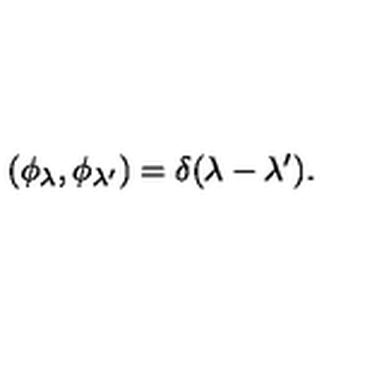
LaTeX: ( \phi _ { \lambda } , \phi _ { \lambda ^ { \prime } } ) = \delta ( \lambda - \lambda ^ { \prime } ) .